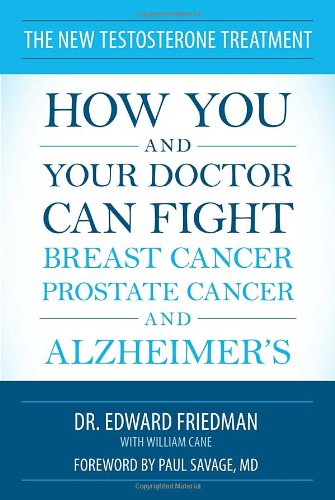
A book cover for The New Testosterone Treatment: How You and Your Doctor Can Fight Breast Cancer, Prostate Cancer, and Alzheimer's; Edward Friedman; Health, Fitness & Dieting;